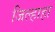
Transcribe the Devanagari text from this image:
जिल्हाहा